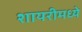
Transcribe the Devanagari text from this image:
शायरीमध्ये